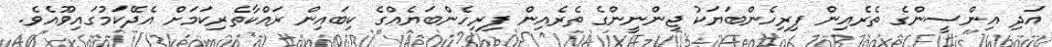
އަދި އިންސީންގެ ތެރެއިން ފިރިހެންބަޔަކު ޖިންނީންގެ ތެރެއިން ފިރިހެންބަޔެއްގެ ކިބައިން ރައްކާތެރިކަމަށް އެދޭކަމުގައިވޫއެވެ.